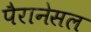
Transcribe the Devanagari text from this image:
पैरानेसल